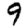
Digit: 9